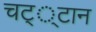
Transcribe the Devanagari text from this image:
चट््टान